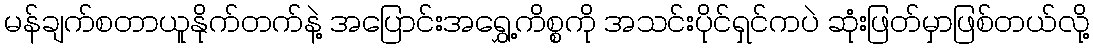
မန်ချက်စတာယူနိုက်တက်နဲ့ အပြောင်းအရွှေ့ကိစ္စကို အသင်းပိုင်ရှင်ကပဲ ဆုံးဖြတ်မှာဖြစ်တယ်လို့